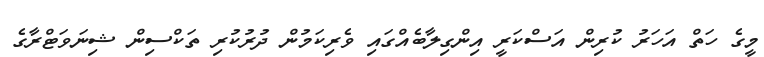
މީގެ ހަތް އަހަރު ކުރިން އަސްކަރީ އިންގިލާބެއްގައި ވެރިކަމުން ދުރުކުރި ތަކްސިން ޝިނަވަޓްރާގެ